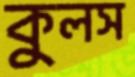
কুলস